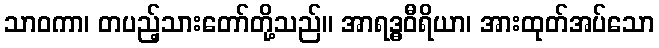
သာဝကာ၊ တပည့်သားတော်တို့သည်။ အာရဒ္ဓဝီရိယာ၊ အားထုတ်အပ်သော